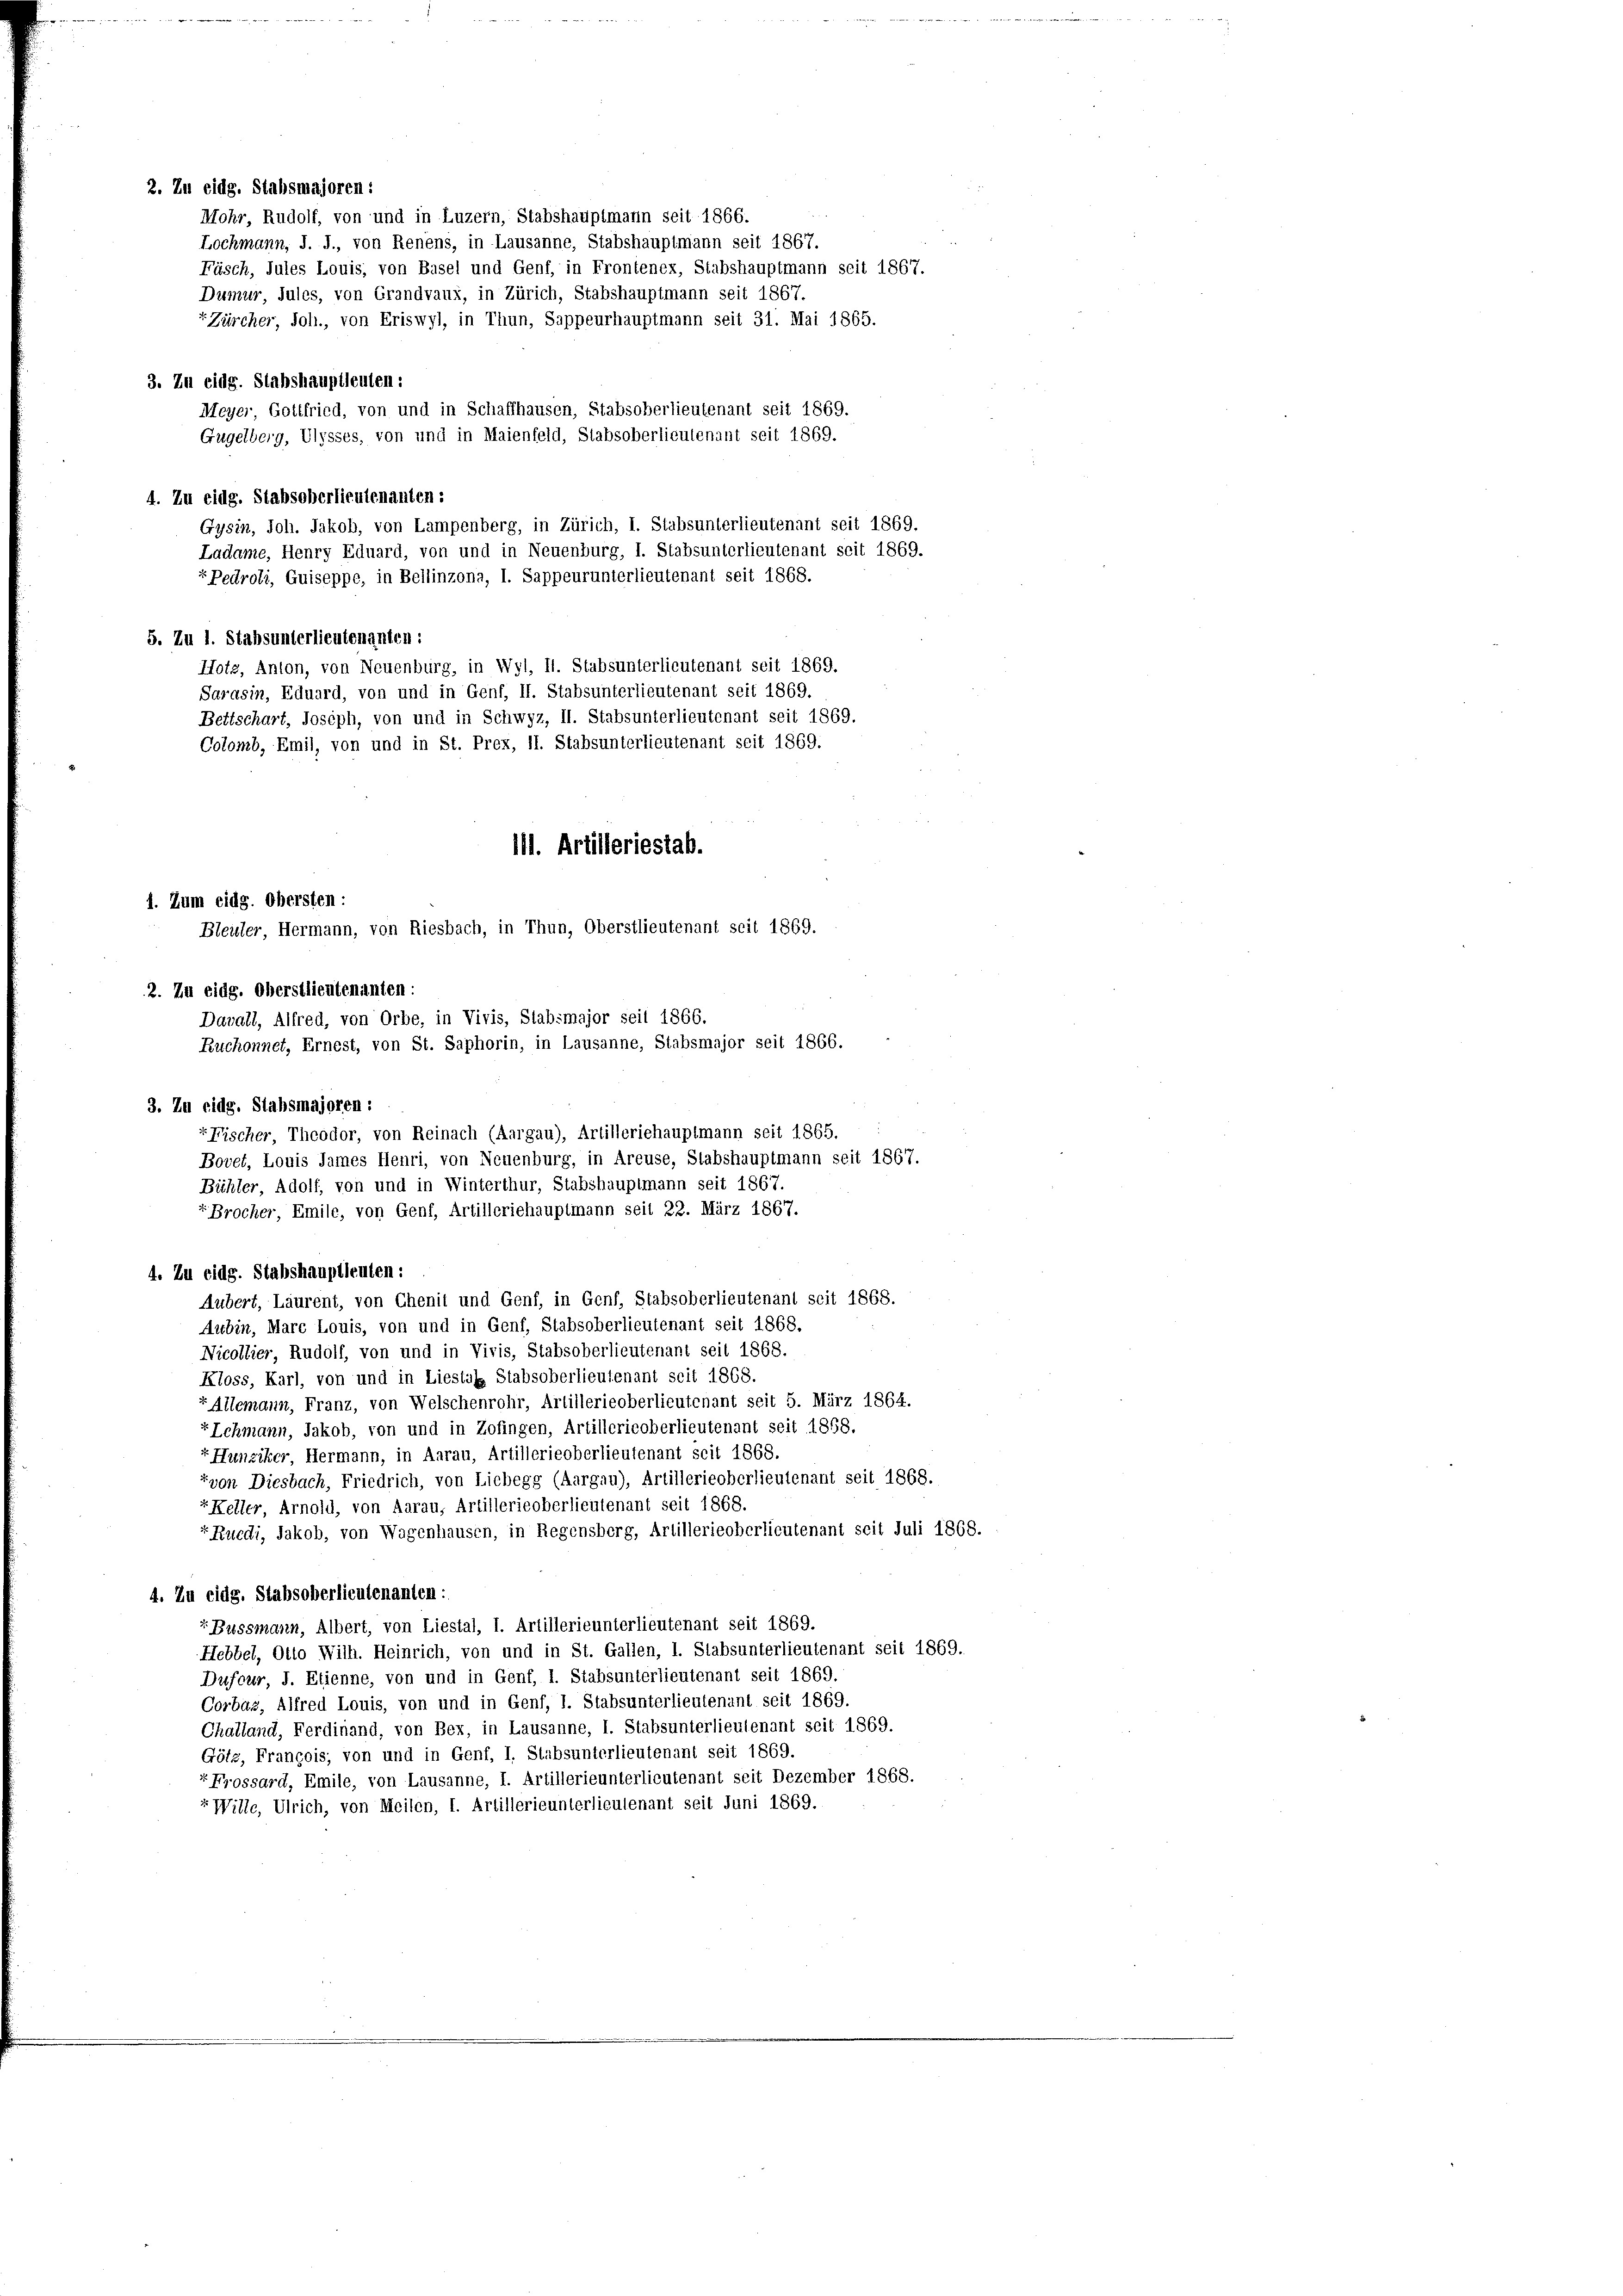
Mohr, Rudolf, von und in Luzern, Stabshauptmann seit 1866.
Lochmann, J. J., von Renens, in Lausanne, Stabshauptmann seit 1867.
Fäsch, Jules Louis, von Basel und Genf, in Frontenex, Stabshauptmann seit 1867.
Dumur, Jules, von Grandvaux, in Zürich, Stabshauptmann seit 1867.
Zürcher, Joh., von Eriswyl, in Thun, Sappeurhauptmann seit 31. Mai 1865.
Meyer, Gottfried, von und in Schaffhausen, Stabsoberlieutenant seit 1869.
Gugelberg, Ulysses, von und in Maienfeld, Stabsoberlieutenant seit 1869.
4. Zu eidg. Stabsoberlieutenanten:
Gysin, Joh. Jakob, von Lampenberg, in Zürich, I. Stabsunterlieutenant seit 1869.
Ladame, Henry Eduard, von und in Neuenburg, I. Stabsunterlieutenant seit 1869.
rPedroli, Guiseppe, in Bellinzona, I. Sappeurunterlieutenant seit 1868.
5. Zu 1. Stabsunterlieutenanten:
Hotz, Anton, von Neuenburg, in Wyl, H. Stabsunterlieutenant seit 1869.
Sarasin, Eduard, von und in Genf, II. Stabsunterlieutenant seit 1869.
Bettschart, Joseph, von und in Schwyz, II. Stabsunterlieutenant seit 1869.
Colomb, Emil, von und in St. Prex, II. Stabsunterlieutenant seit 1869.
4. Zu eidg. Stabshauptleuten:
Aubert, Laurent, von Chenit und Genf, in Genf, Stabsoberlieutenant seit 1868.
Aubin, Marc Louis, von und in Genf, Stabsoberlieutenant seit 1868.
Nicollier, Rudolf, von und in Vivis, Stabsoberlieutenant seit 1868.
Kloss, Karl, von und in Liestalz Stabsoberlieutenant seit 1868.
Allemann, Franz, von Welschenrohr, Artillerieoberlieutenant seit 5. März 1864.
Ichmann, Jakob, von und in Zofingen, Artillericoberlieutenant seit 1858.
"Hunziker, Hermann, in Aarau, Artillerieoberlieutenant seit 1868.
fvon Diesbach, Friedrich, von Liebegg (Aargau), Artillerieoberlieutenant seit 1868.
r Keller, Arnold, von Aarau, Artillerieoberlieutenant seit 1868.
Ruedi, Jakob, von Wagenhausen, in Regensberg, Artillerieoberlieutenant seit Juli 1868.
4. Zu eidg. Stabsoberlieutenanten:
“ Bussmann, Albert, von Liestal, I. Artillerieunterlieutenant seit 1869.
Hebbel, Otto Wilh. Heinrich, von und in St. Gallen, 1. Stabsunterlieutenant seit 1869.
Dufour, J. Etienne, von und in Genf, 1. Stabsunterlieutenant seit 1869.
Corbas, Alfred Louis, von und in Genf, I. Stabsunterlieutenant seit 1869.
Challand, Ferdinand, von Bex, in Lausanne, I. Stabsunterlieutenant seit 1869.
Götz, François, von und in Genf, I. Stabsunterlieutenant seit 1869.
«Frossard, Emile, von Lausanne, I. Artillerieunterlieutenant seit Dezember 1868.
“Wille, Ulrich, von Meilen, I. Artillerieunterlieutenant seit Juni 1869.

2. Zu eidg. Stabsmajoren:

3. Zu eidg. Stabshauptleuten:

111. Artilleriestab.
1. Zum eidg. Obersten :
Bleuler, Hermann, von Riesbach, in Thun, Oberstlieutenant seit 1869.
2. Zu eidg. Oberstlieutenanten:
Davall, Alfred, von Orbe, in Vivis, Stabsmajor seit 1866.
Ruchonnet, Ernest, von St. Saphorin, in Lausanne, Stabsmajor seit 1866.
3. Zu eidg. Stabsmajoren :
Fischer, Theodor, von Reinach (Aargau), Artilleriehauptmann seit 1865.
Bovet, Louis James Henri, von Neuenburg, in Areuse, Stabshauptmann seit 1867.
Bühler, Adolf, von und in Winterthur, Stabshauptmann seit 1867.
« Brocher, Emile, von Genf, Artilleriehauptmann seit 22. März 1867.